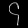
Digit: ၄